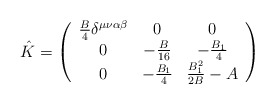
\begin{align*}\hat{K}=\left(\begin{array}{ccc} \frac{B}{4} \delta^{\mu \nu \alpha \beta} & 0 & 0\\ 0 & -\frac{B}{16} & -\frac{B_1}{4} \\ 0 & -\frac{B_1}{4} & \frac{B_1^2}{2B} -A\end{array}\right)\end{align*}